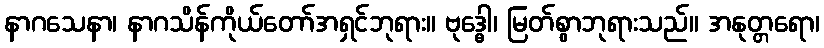
နာဂသေနာ၊ နာဂသိန်ကိုယ်တော်အရှင်ဘုရား။ ဗုဒ္ဓေါ၊ မြတ်စွာဘုရားသည်။ အနုတ္တရော၊